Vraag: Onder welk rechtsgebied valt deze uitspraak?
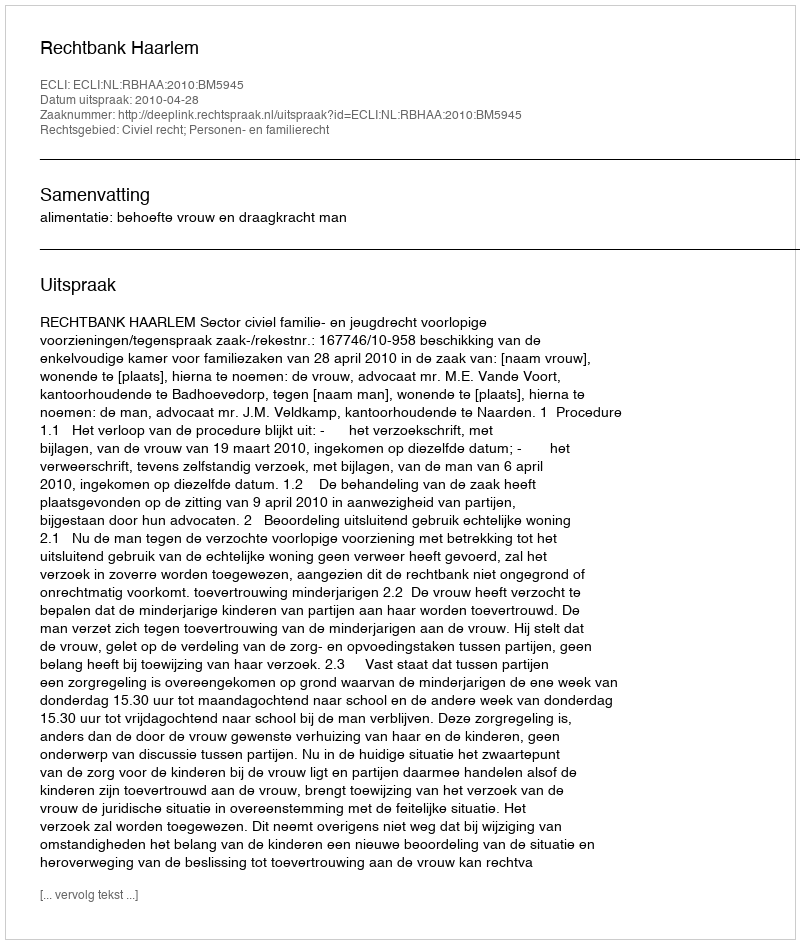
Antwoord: Civiel recht; Personen- en familierecht